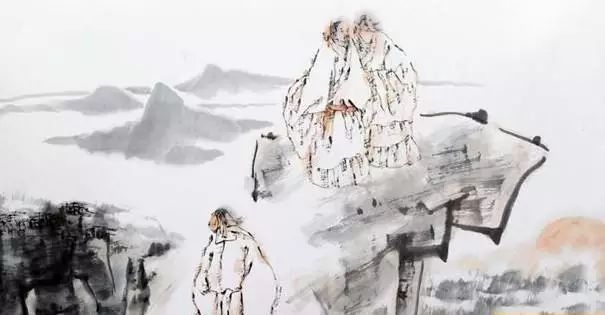
不恨古人吾不见，恨古人不见吾狂耳。